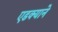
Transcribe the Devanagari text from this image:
एडक्याने